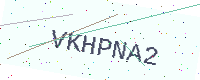
Text: VKHPNA2